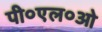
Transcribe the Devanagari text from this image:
पी०एल०ओ